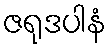
ဇရုဒပါနံ